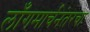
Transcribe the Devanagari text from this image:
लाँगमार्चनंतरचा